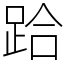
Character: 跲